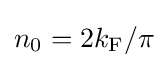
n_{0}=2k_{\rm {F}}/\pi